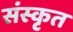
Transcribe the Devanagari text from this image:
संंस्कृृत